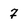
Character: 7